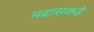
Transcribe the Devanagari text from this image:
मद्रासकडे